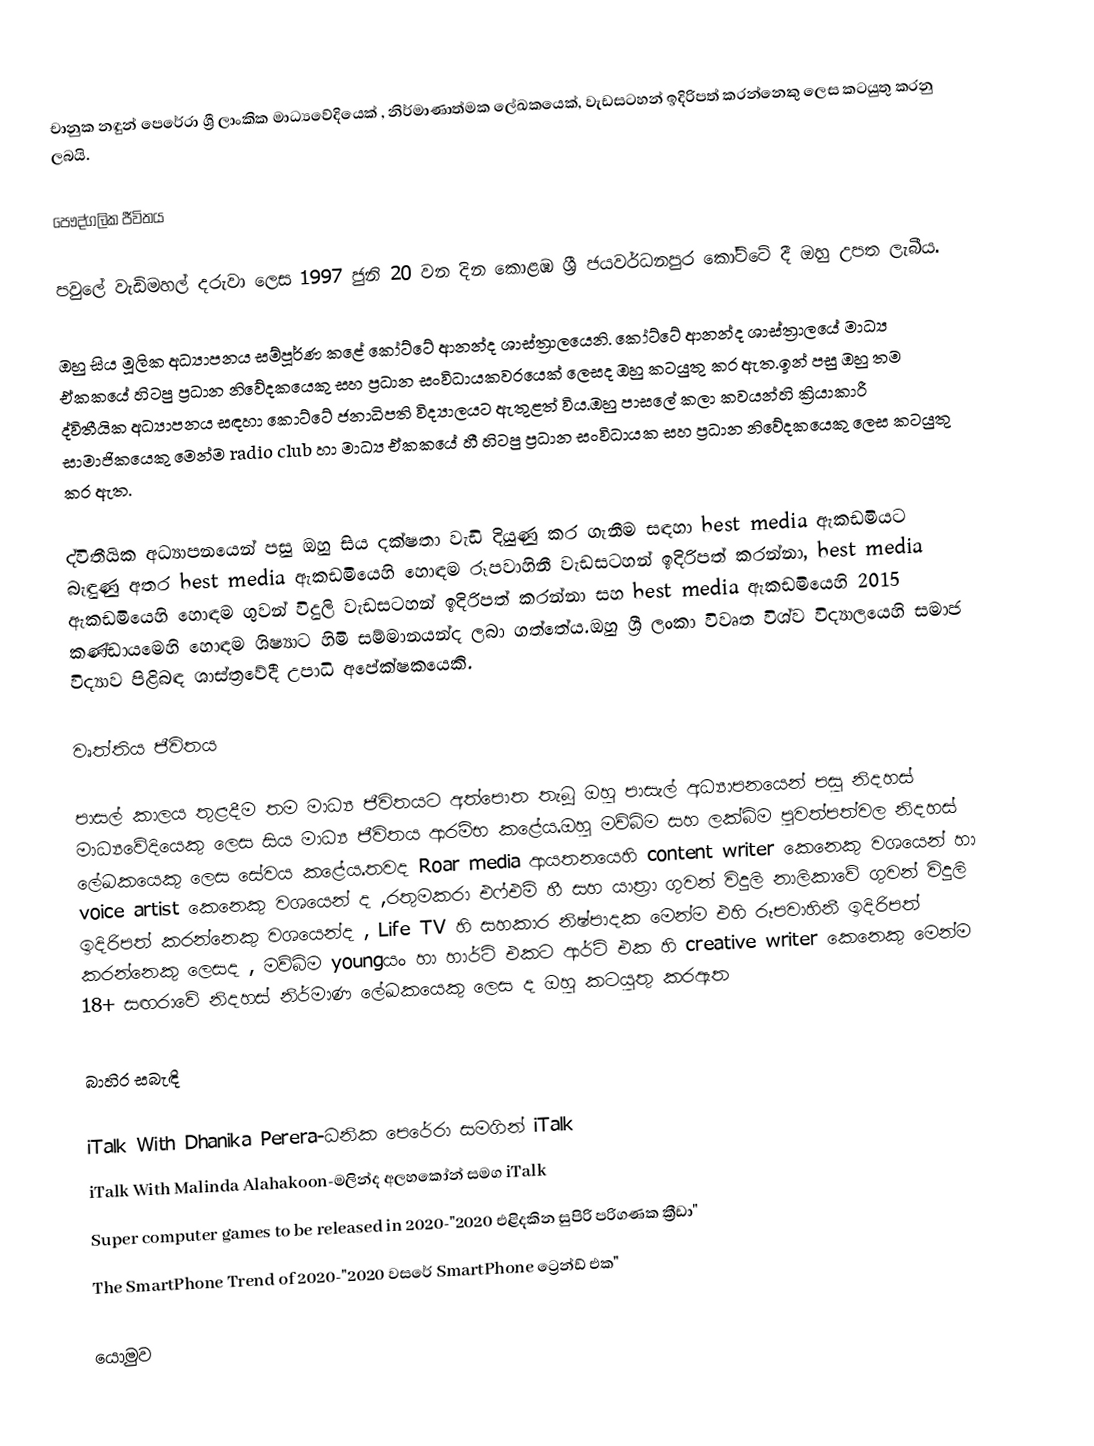
චානුක නඳුන් පෙරේරා ශ්‍රී ලාංකික මාධ්‍යවේදියෙක් , නිර්මාණාත්මක ලේඛකයෙක්, වැඩසටහන් ඉදිරිපත් කරන්නෙකු ලෙස කටයුතු කරනු ලබයි.

පෞද්ගලික ජීවිතය

පවුලේ වැඩිමහල් දරුවා ලෙස 1997 ජුනි 20 වන දින කොළඹ ශ්‍රී ජයවර්ධනපුර කෝට්ටේ දී ඔහු  උපත ලැබීය.

ඔහු සිය මූලික අධ්‍යාපනය සම්පූර්ණ කළේ කෝට්ටේ ආනන්ද ශාස්ත්‍රාලයෙනි. කෝට්ටේ ආනන්ද ශාස්ත්‍රාලයේ මාධ්‍ය ඒකකයේ හිටපු ප්‍රධාන නිවේදකයෙකු සහ ප්‍රධාන සංවිධායකවරයෙක් ලෙසද ඔහු කටයුතු කර ඇත.ඉන් පසු ඔහු තම ද්විතීයික අධ්‍යාපනය සඳහා කොට්ටේ ජනාධිපති විද්‍යාලයට ඇතුළත් විය.ඔහු පාසලේ කලා කවයන්හි ක්‍රියාකාරී සාමාජිකයෙකු මෙන්ම radio club හා මාධ්‍ය ඒකකයේ හී හිටපු ප්‍රධාන සංවිධායක සහ ප්‍රධාන නිවේදකයෙකු ලෙස කටයුතු කර ඇත.

ද්විතීයික අධ්‍යාපනයෙන් පසු ඔහු සිය දක්ෂතා වැඩි දියුණු කර ගැනීම සඳහා best media ඇකඩමියට බැඳුණු අතර best media ඇකඩමියෙහි හොඳම රූපවාහිනී වැඩසටහන් ඉදිරිපත් කරන්නා, best media ඇකඩමියෙහි හොඳම ගුවන් විදුලි වැඩසටහන් ඉදිරිපත් කරන්නා සහ best media ඇකඩමියෙහි 2015 කණ්ඩායමෙහි හොඳම ශිෂ්‍යාට හිමි සම්මානයන්ද ලබා ගත්තේය.ඔහු ශ්‍රී ලංකා විවෘත විශ්ව විද්‍යාලයෙහි සමාජ විද්‍යාව පිළිබඳ ශාස්ත්‍රවේදී  උපාධි අපේක්ෂකයෙකි.

වෘත්තිය ජීවිතය

පාසල් කාලය තුළදීම තම මාධ්‍ය ජීවිතයට අත්පොත තැබූ  ඔහු පාසැල් අධ්‍යාපනයෙන් පසු නිදහස් මාධ්‍යවේදියෙකු ලෙස සිය මාධ්‍ය ජීවිතය ආරම්භ කළේය.ඔහු මව්බිම සහ ලක්බිම පුවත්පත්වල නිදහස් ලේඛකයෙකු ලෙස සේවය කළේය.තවද Roar media ආයතනයෙහි content writer කෙනෙකු වශයෙන් හා voice artist කෙනෙකු වශයෙන් ද ,රතුමකරා එෆ්එම් හී සහ යාත්‍රා ගුවන් විදුලි නාලිකාවේ ගුවන් විදුලි ඉදිරිපත් කරන්නෙකු වශයෙන්ද , Life TV හි සහකාර නිෂ්පාදක මෙන්ම එහි රූපවාහිනී ඉදිරිපත් කරන්නෙකු ලෙසද , මව්බිම youngයං හා හාර්ට් එකට ආර්ට් එක හි creative writer කෙනෙකු මෙන්ම 18+ සඟරාවේ නිදහස් නිර්මාණ ලේඛකයෙකු ලෙස ද  ඔහු කටයුතු කරඇත

බාහිර සබැඳි

 iTalk With Dhanika Perera-ධනික පෙරේරා සමගින් iTalk
 iTalk With Malinda Alahakoon-මලින්ද අලහකෝන් සමග iTalk
 Super computer games to be released in 2020-"2020 එළිදකින සුපිරි පරිගණක ක්‍රීඩා"
 The SmartPhone Trend of 2020-"2020 වසරේ SmartPhone ට්‍රෙන්ඩ් එක"

යොමුව